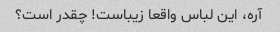
آره، این لباس واقعا زیباست! چقدر است؟